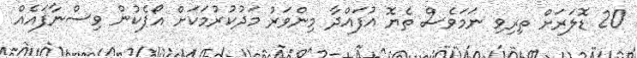
20 ޑޮލަރަށް ތިރިވި ނަމަވެސް ތެޔޮ އުފައްދާ މިންވަރު މަދުކުރުމަކަށް އޯޕެކުން ވިސްނާފައެއް